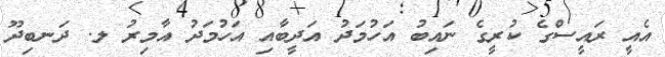
އެއީ ރައީސްގެ ކުރީގެ ނައިބު އަހުމަދު އަދީބާއި އަހުމަދު އާމިރު ލ. ދަނބިދޫ